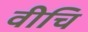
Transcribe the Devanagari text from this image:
वीचि